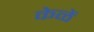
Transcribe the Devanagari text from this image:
केळें